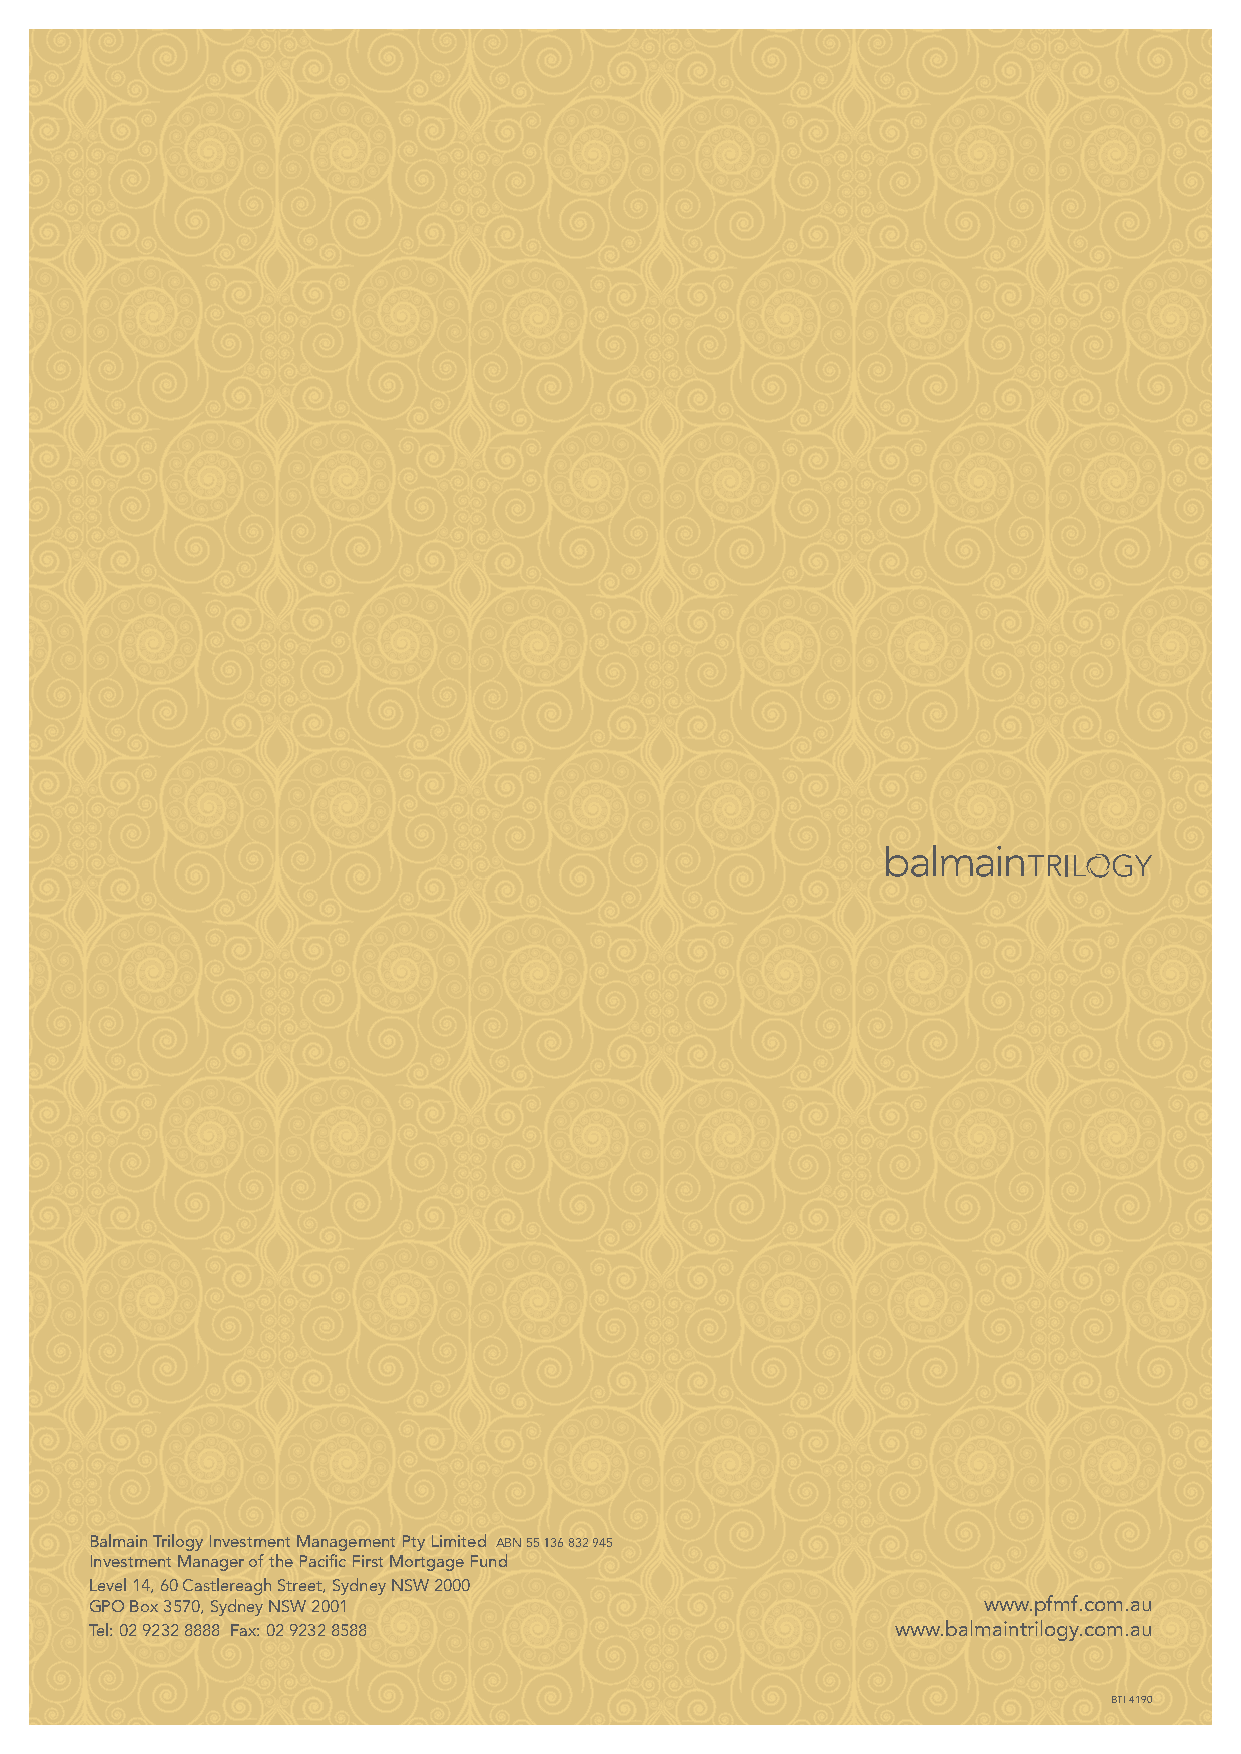
Balmain Trilogy Investment Management Pty Limited ABN 55 136 832 945
 Investment Manager of the Pacific First Mortgage Fund
 Level 14, 60 Castlereagh Street, Sydney NSW 2000
 GPO Box 3570, Sydney NSW 2001                              www.pfmf.com.au
 Tel: 02 9232 8888 Fax: 02 9232 8588                  www.balmaintrilogy.com.au
 BTI 4190